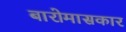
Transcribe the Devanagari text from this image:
बारोमासकार